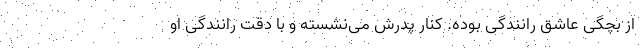
از بچگی عاشق رانندگی بوده. کنار پدرش می‌نشسته و با دقت رانندگی او